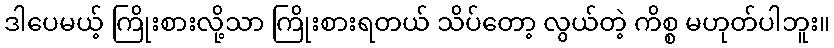
ဒါပေမယ့် ကြိုးစားလို့သာ ကြိုးစားရတယ် သိပ်တော့ လွယ်တဲ့ ကိစ္စ မဟုတ်ပါဘူး။